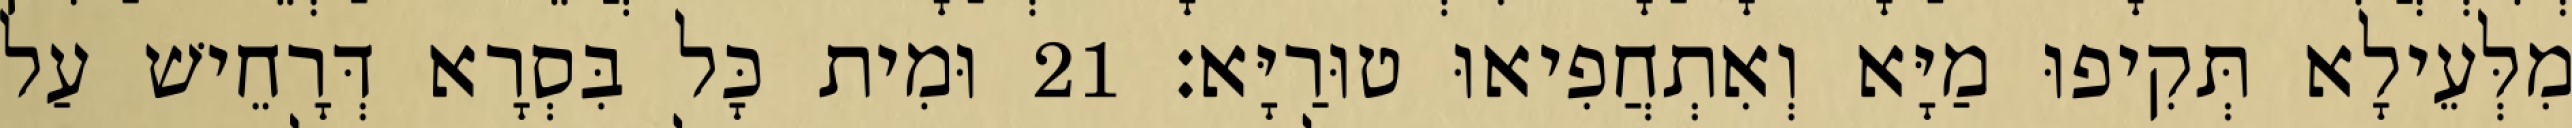
מִלְּעֵילָא תְּקִיפוּ מַיָּא וְאִתְחֲפִיאוּ טוּרַיָּא׃ 21 וּמִית כָּל בִּסְרָא דְּרָחֵישׁ עַל